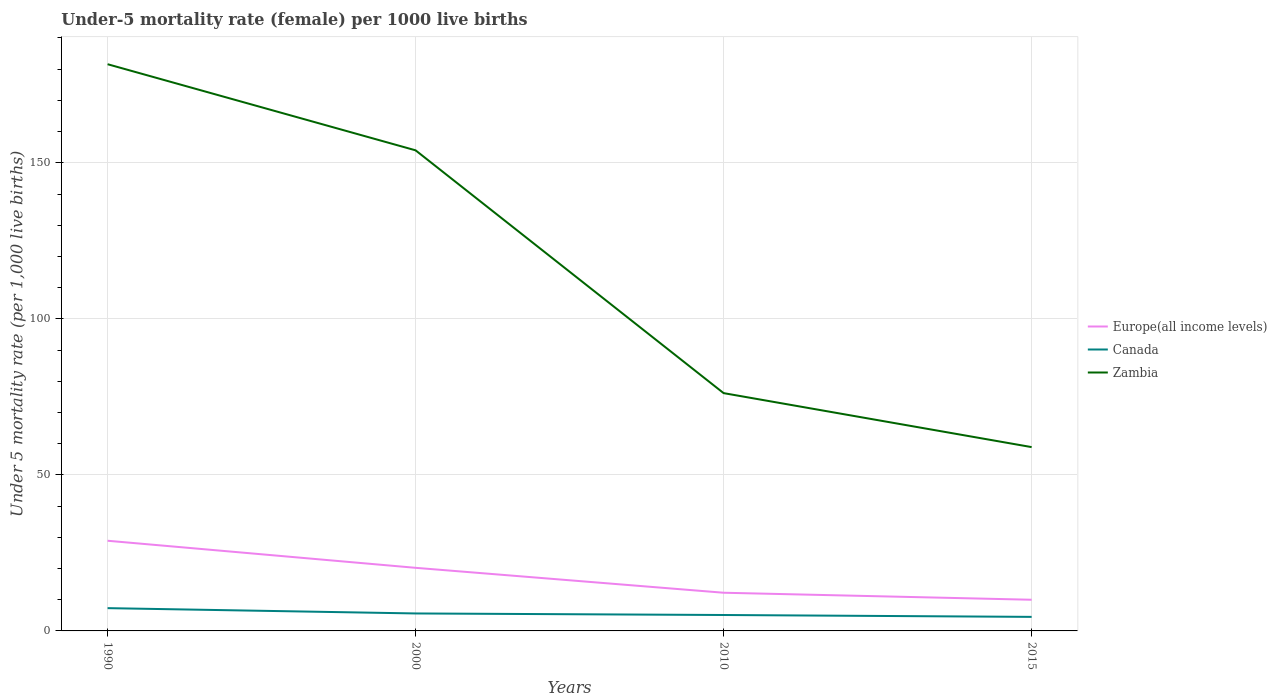
| Years | Europe(all income levels) | Canada | Zambia |
 | --- | --- | --- | --- |
 | 1990 | 28.9 | 7.3 | 182 |
 | 2000 | 20.2 | 5.6 | 154 |
 | 2010 | 12.2 | 5.1 | 76.2 |
 | 2015 | 9.99 | 4.5 | 58.9 |